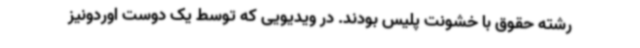
رشته حقوق با خشونت پلیس بودند. در ویدیویی که توسط یک دوست اوردونیز